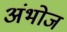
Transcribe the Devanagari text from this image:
अंभोज